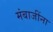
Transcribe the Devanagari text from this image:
मंबाजींना